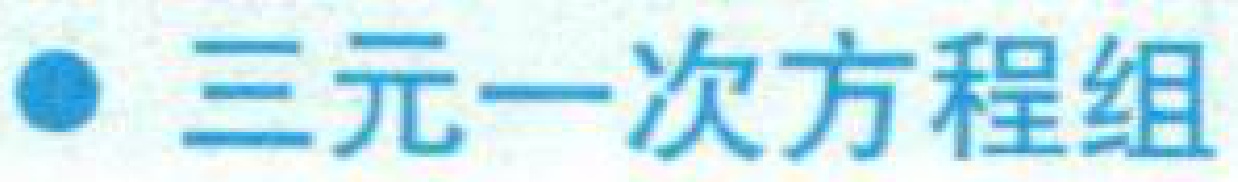
● 三元一次方程组